Report on the cultivation and use of ganja
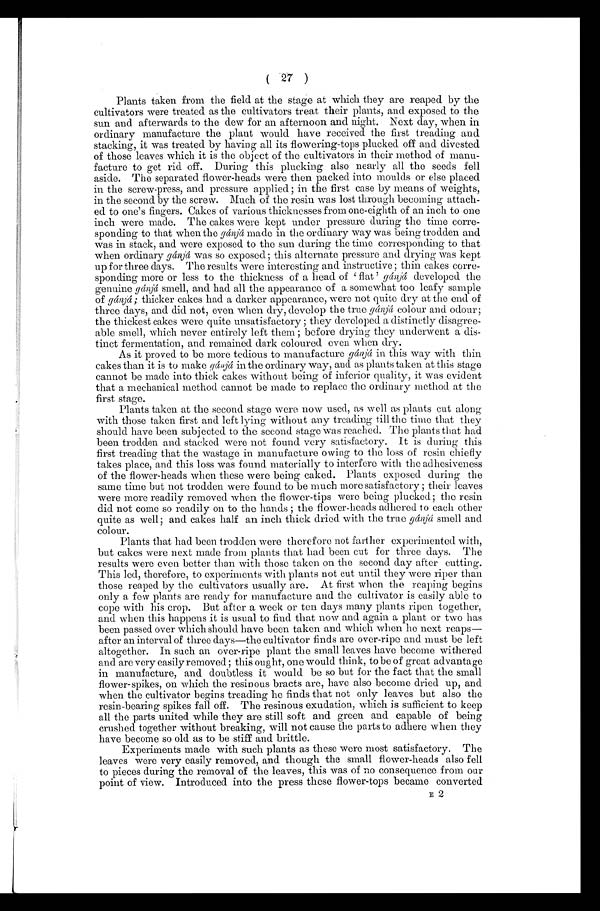
( 27 )
Plants taken from the field at the stage at which they are reaped by the
cultivators were treated as the cultivators treat their plants, and exposed to the
sun and afterwards to the dew for an afternoon and night. Next day, when in
ordinary manufacture the plant would have received the first treading and
stacking, it was treated by having all its flowering-tops plucked off and divested
of those leaves which it is the object of the cultivators in their method of manu-
facture to get rid off. During this plucking also nearly all the seeds fell
aside. The separated flower-heads were then packed into moulds or else placed
in the screw-press, and pressure applied ; in the first case by means of weights,
in the second by the screw. Much of the resin was lost through becoming attach-
ed to one's fingers. Cakes of various thicknesses from one-eighth of an inch to one
inch were made. The cakes were kept under pressure during the time corre-
sponding to that when the gánjá made in the ordinary way was being trodden and
was in stack, and were exposed to the sun during the time corresponding to that
when ordinary gánjá was so exposed; this alternate pressure and drying was kept
up for three days. The results were interesting and instructive ; thin cakes corre-
sponding more or less to the thickness of a head of 'flat ' gánjá developed the
genuine gánjá smell, and had all the appearance of a somewhat too leafy sample
of gánjá ; thicker cakes had. a darker appearance, were not quite dry at the end of
three days, and did not, even when dry, develop the true gánjá colour and odour;
the thickest cakes were quite unsatisfactory ; they developed a distinctly disagree-
able smell, which never entirely left them ; before drying they underwent a dis-
tinct fermentation, and remained dark coloured even when dry.
As it proved to be more tedious to manufacture gánjá in this way with thin
cakes than it is to make gánjá in the ordinary way, and as plants taken at this stage
cannot be made into thick cakes without being of inferior quality, it was evident
that a mechanical method cannot be made to replace the ordinary method at the
first stage.
Plants taken at the second stage were now used, as well as plants cut along
with those taken first and left lying without any treading till the time that they
should have been subjected to the second stage was reached. The plants that had
been trodden and stacked were not found very satisfactory. It is during this
first treading that the wastage in manufacture owing to the loss of resin chiefly
takes place, and this loss was found. materially to interfere with the adhesiveness
of the flower-heads when these were being caked. Plants exposed during the
same time but not trodden were found to be much more satisfactory ; their leaves
were more readily removed when the flower-tips were being plucked; the resin
did not come so readily on to the hands ; the flower-heads adhered to each other
quite as well; and cakes half an inch thick dried with the true gánjá smell and
colour.
Plants that had been trodden were therefore not farther experimented with,
but cakes were next made from plants that had been cut for three days. The
results were even better than with those taken on the second day after cutting.
This led, therefore, to experiments with plants not cut until they were riper than
those reaped by the cultivators usually are. At first when the reaping begins
only a few plants are ready for manufacture and the cultivator is easily able to
cope with his crop. But after a week or ten days many plants ripen together,
and when this happens it is usual to find that now and again a plant or two has
been passed over which should have been taken and which when he next reaps—
after an interval of three days—the cultivator finds are over-ripe and must be left
altogether. In such an over-ripe plant the small leaves have become withered
and are very easily removed ; this ought, one would think, to be of great advantage
in manufacture, and doubtless it would be so but for the fact that the small
flower-spikes, on which the resinous bracts are, have also become dried up, and
when the cultivator begins treading he finds that not only leaves but also the
resin-bearing spikes fall off. The resinous exudation, which is sufficient to keep
all the parts united while they are still soft and green and capable of being
crushed together without breaking, will not cause the parts to adhere when they
have become so old as to be stiff and brittle.
Experiments made with such plants as these were most satisfactory. The
leaves were very easily removed, and though the small flower-heads also fell
to pieces during the removal of the leaves, this was of no consequence from our
point of view. Introduced into the press these flower-tops became converted